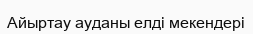
Айыртау ауданы елді мекендері